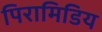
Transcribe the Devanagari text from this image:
पिरामिडिय